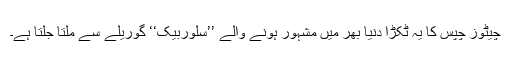
چیٹوز چپس کا یہ ٹکڑا دنیا بھر میں مشہور ہونے والے ’’سِلوربیک‘‘ گوریلے سے ملتا جلتا ہے۔